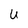
Character: u